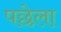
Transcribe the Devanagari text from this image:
पछेला